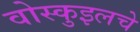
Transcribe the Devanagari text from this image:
वोस्कुइलचे